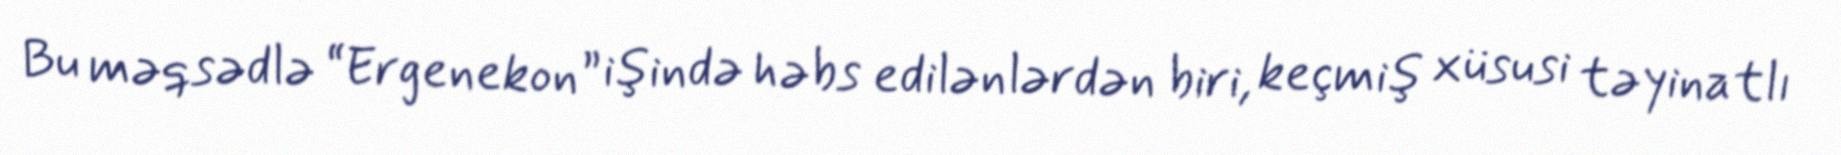
Bu məqsədlə “Ergenekon” işində həbs edilənlərdən biri, keçmiş xüsusi təyinatlı